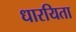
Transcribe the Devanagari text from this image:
धारयिता